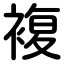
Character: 複